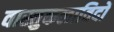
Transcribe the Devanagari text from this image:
वास्तुकलाविदों